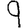
Digit: 9